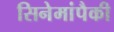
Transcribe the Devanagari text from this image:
सिनेमांपैकी